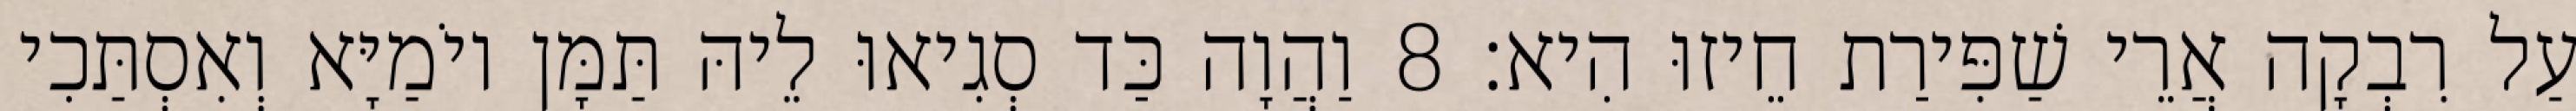
עַל רִבְקָה אֲרֵי שַׁפִּירַת חֵיזוּ הִיא׃ 8 וַהֲוָה כַּד סְגִיאוּ לֵיהּ תַּמָּן יוֹמַיָּא וְאִסְתַּכִי